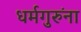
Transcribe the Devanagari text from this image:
धर्मगुरुंना